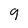
Character: 9